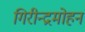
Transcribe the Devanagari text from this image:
गिरीन्द्रमोहन